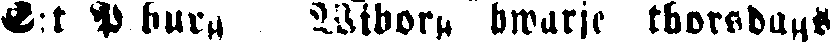
S:t P burg, Wiborg hwarje thorsdags